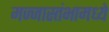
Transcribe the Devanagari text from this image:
मज्जास्तंभामध्ये